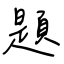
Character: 題